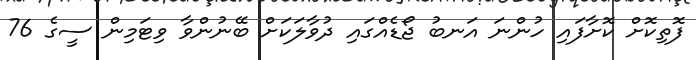
ފޮތިކޮށް ކޮށާފައި ހުންނަ އަނބު ޖޯޑެއްގައި ދުވާލަކަށް ބޭނުންވާ ވިޓަމިން ސީގެ 76